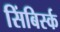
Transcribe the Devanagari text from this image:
सिंबिर्स्क